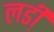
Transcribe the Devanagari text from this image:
लडी़